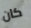
كان